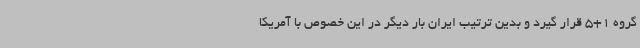
گروه 1+5 قرار گیرد و بدین ترتیب ایران بار دیگر در این خصوص با آمریکا